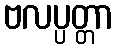
ဗလပ္ပတ္တာ